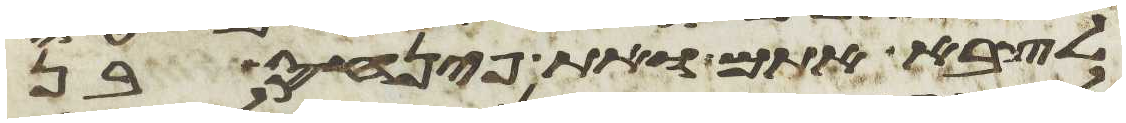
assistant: לצבא אתם ואת פינחס בן